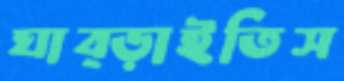
ঘাব্‌ড়াইতিস